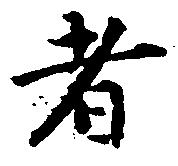
者